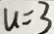
u = 3